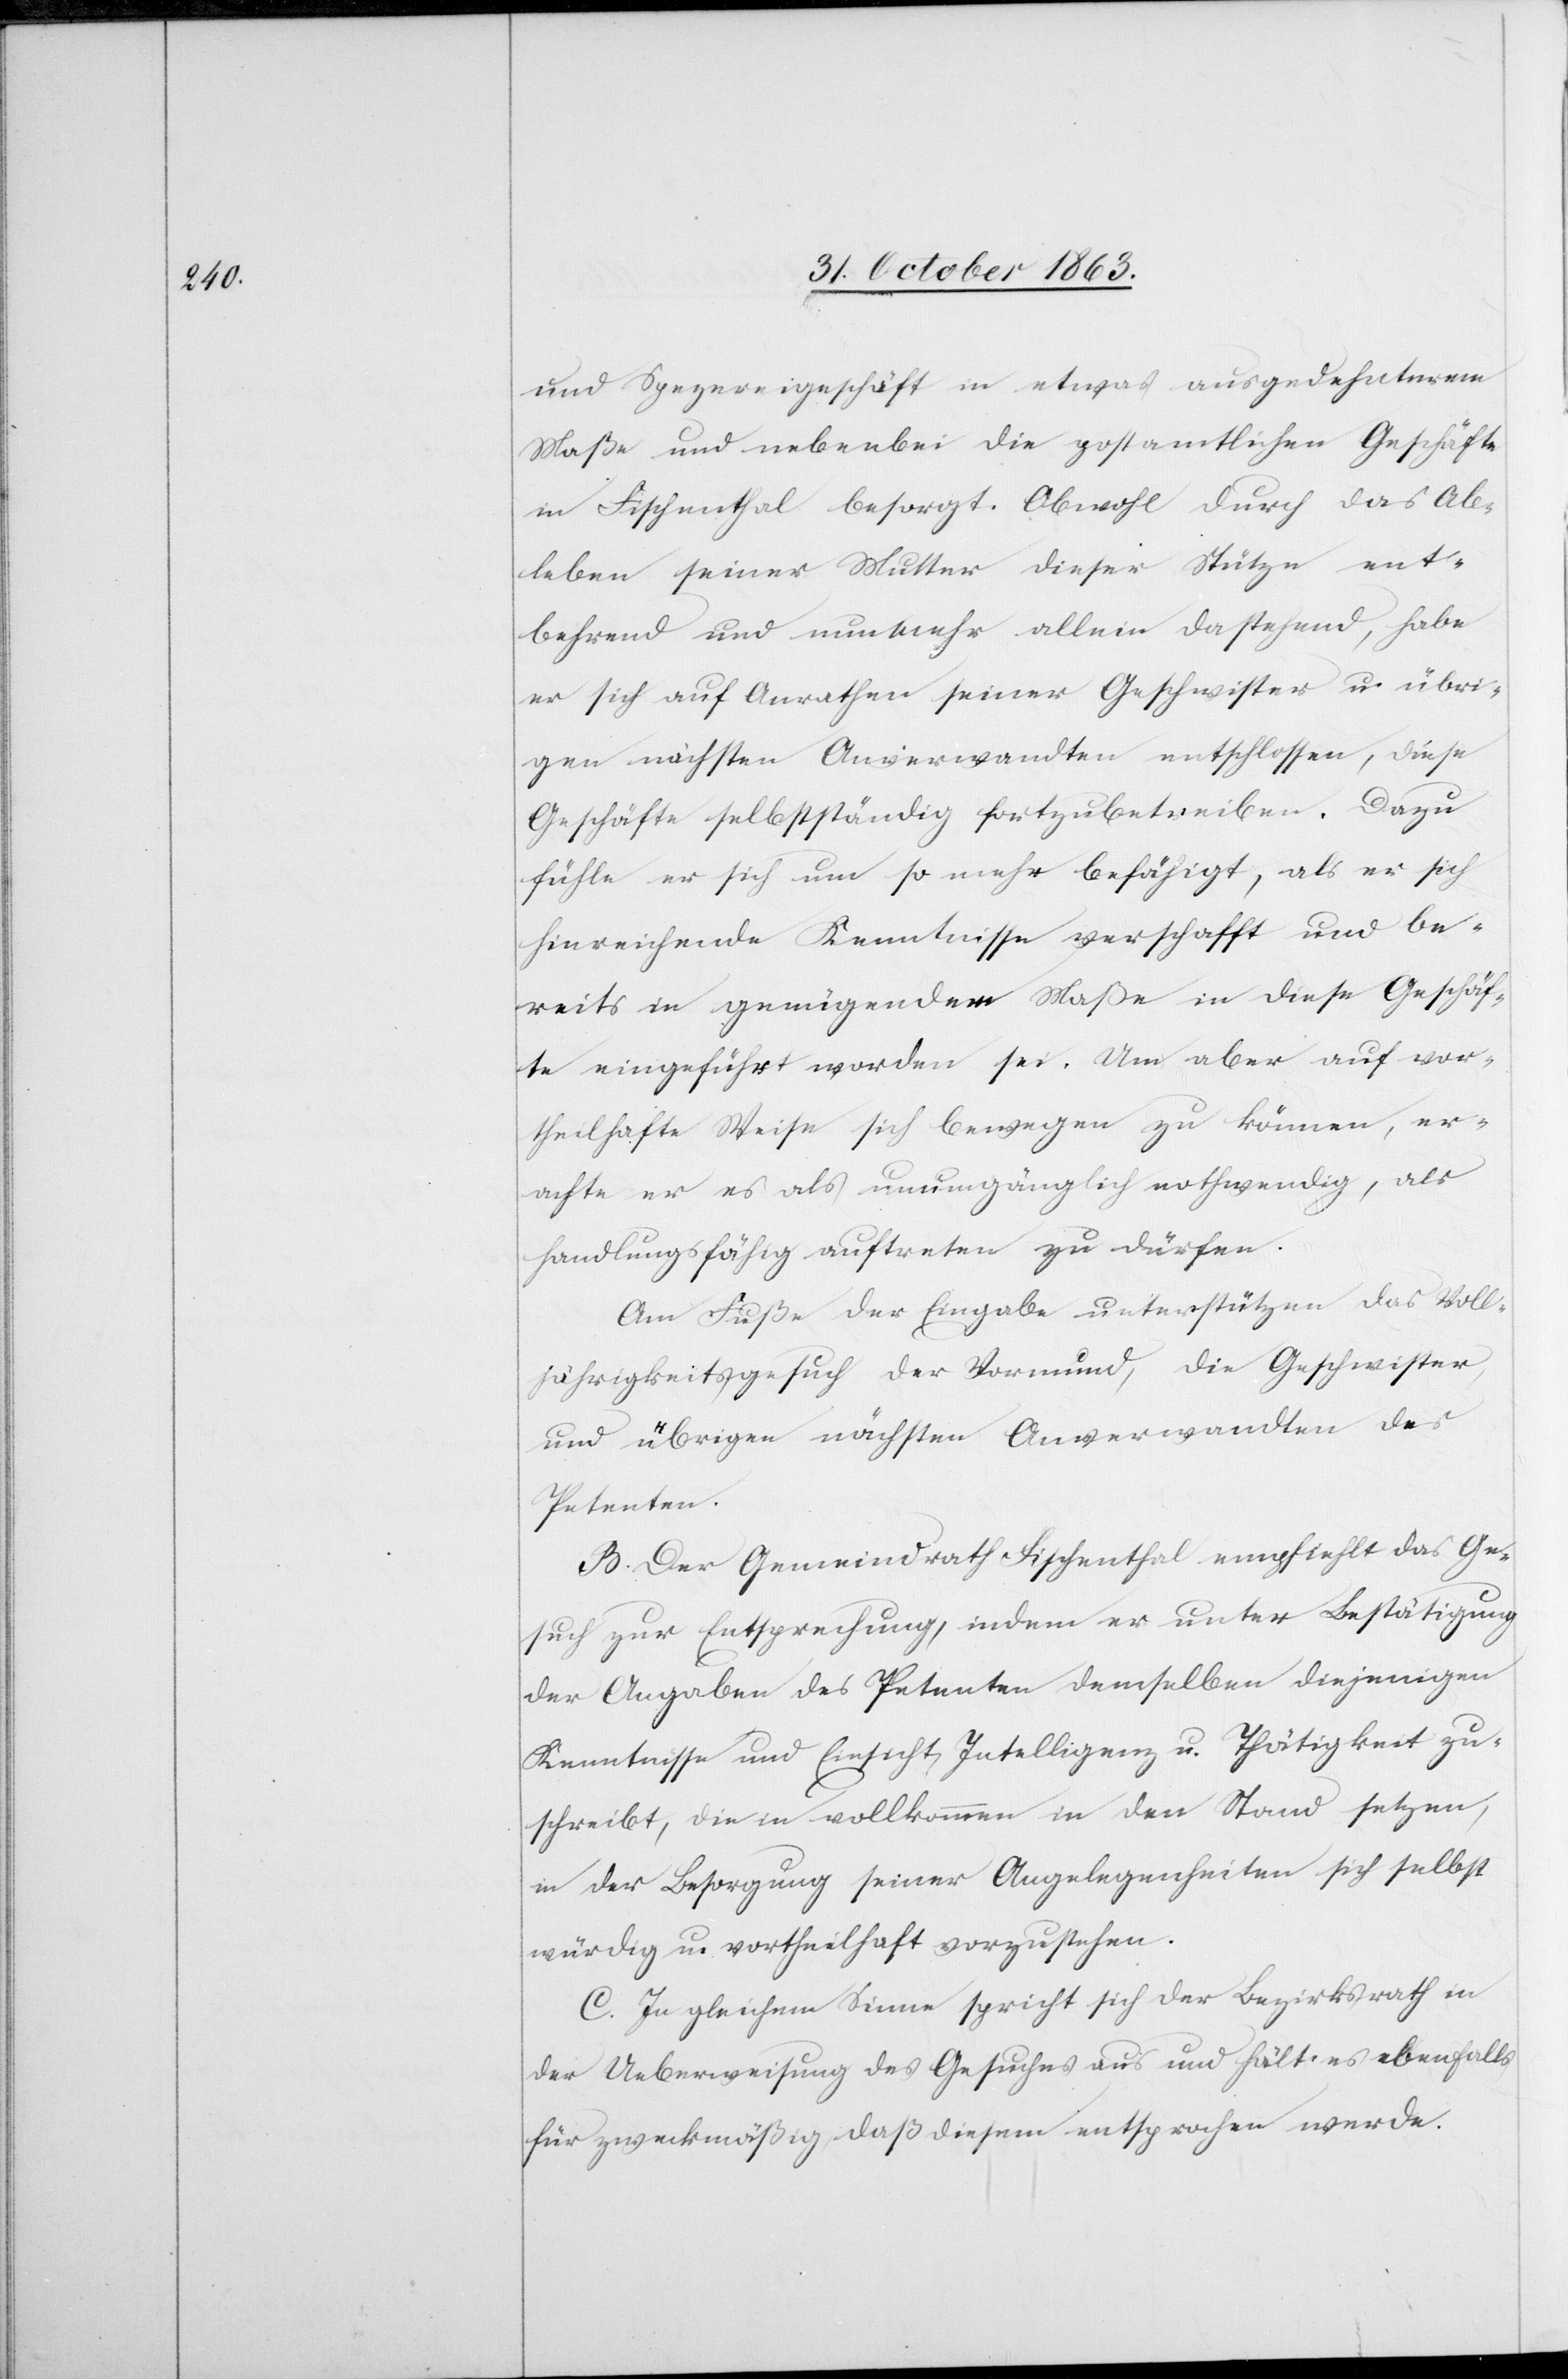
und Spezereigeschäft in etwas ausgedehnterem
Maße und nebenbei die postamtlichen Geschäfte
in Fischenthal besorgt. Obwohl durch das Ab¬
leben seiner Mutter dieser Stütze ent¬
behrend und nunmehr allein dastehend, habe
er sich auf Anrathen seiner Geschwister u. übri¬
gen nächsten Anverwandten entschlossen, diese
Geschäfte selbstständig fortzubetreiben. Dazu
fühle er sich um so mehr befähigt, als er sich
hinreichende Kenntnisse verschafft und be¬
reits in genügendem Maße in diese Geschäf¬
te eingeführt worden sei. Um aber auf vor¬
theilhafte Weise sich bewegen zu können, er¬
achte er es als unumgänglich nothwendig, als
handlungsfähig auftreten zu dürfen.
Am Fuße der Eingabe unterstützen das Voll¬
jährigkeitsgesuch der Vormund, die Geschwister,
und übrigen nächsten Anverwandten des
Petenten.
B. Der Gemeindrath Fischenthal empfiehlt das Ge¬
such zur Entsprechung, indem er unter Bestätigung
der Angaben des Petenten demselben diejenigen
Kenntnisse und Einsicht, Intelligenz u. Thätigkeit zu¬
schreibt, die i[h]n vollkommen in den Stand setzen,
in der Besorgung seiner Angelegenheiten sich selbst
würdig u. vortheilhaft vorzustehen.
C. In gleichem Sinne spricht sich der Bezirksrath in
der Ueberweisung des Gesuches aus und hält es ebenfalls
für zweckmäßig, daß diesem entsprochen werde.